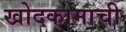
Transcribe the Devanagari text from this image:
खोदकामाची